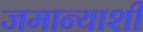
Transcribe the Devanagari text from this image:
जमान्याशी